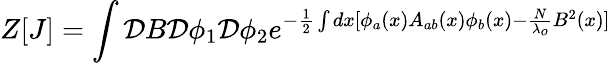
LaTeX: Z[J]=\int{\cal D}B{\cal D}\phi_{1}{\cal D}\phi_{2}e^{-\frac{1}{2}\int dx[\phi_{a}(x)A_{ab}(x)\phi_{b}(x)-\frac{N}{\lambda_{o}}B^{2}(x)]}